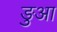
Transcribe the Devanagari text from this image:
ङुआ